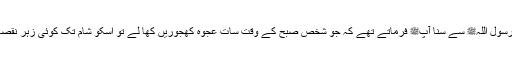
1474: سیدنا سعد بن ابی وقاصؓ کہتے ہیں میں نے رسول اللہﷺ سے سنا آپﷺ فرماتے تھے کہ جو شخص صبح کے وقت سات عجوہ کھجوریں کھا لے تو اسکو شام تک کوئی زہر نقصان نہ کرے گا اور نہ کوئی جادو اس پر اثر کرے گا۔